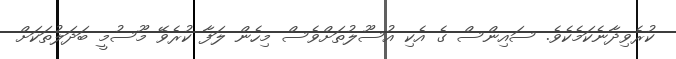
ކުރެވިދާނެކަމެކެވެ. ސައިންސް ގެ އެކި އުސޫލުތަށްވެސް މިހެން ލަފާ ކުރެވޭ މޫސުމީ ބަދަލުތަކަށް